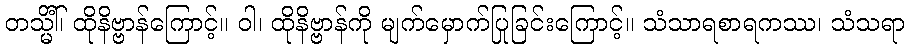
တသ္မိံါ်၊ ထိုနိဗ္ဗာန်ကြောင့်။ ဝါ၊ ထိုနိဗ္ဗာန်ကို မျက်မှောက်ပြုခြင်းကြောင့်။ သံသာရစာရကဿ၊ သံသရာ